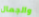
والجمال